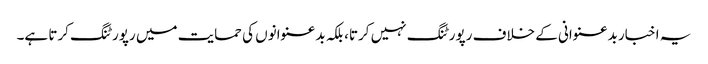
یہ اخبار بدعنوانی کے خلاف رپورٹنگ نہیں کرتا، بلکہ بدعنوانوں کی حمایت میں رپورٹنگ کرتا ہے۔